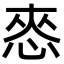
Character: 㤲